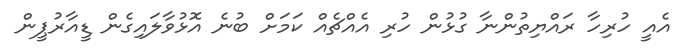
އެއީ ހުރިހާ ރައްޔިތުންނާ ގުޅުން ހުރި އެއްޗެއް ކަމަށް ބުނެ އޮޅުވާލައިގެން ޑީއާރުޕީން